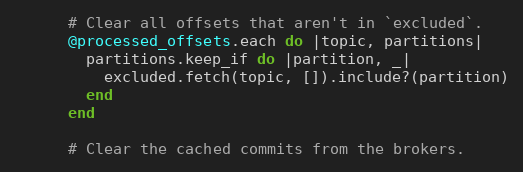
Language: Ruby
      # Clear all offsets that aren't in `excluded`.
      @processed_offsets.each do |topic, partitions|
        partitions.keep_if do |partition, _|
          excluded.fetch(topic, []).include?(partition)
        end
      end

      # Clear the cached commits from the brokers.